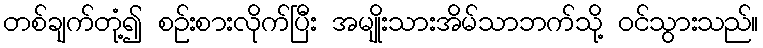
တစ်ချက်တုံ့၍ စဉ်းစားလိုက်ပြီး အမျိုးသားအိမ်သာဘက်သို့ ဝင်သွားသည်။